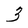
Character: 3